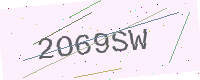
Text: 2O69SW